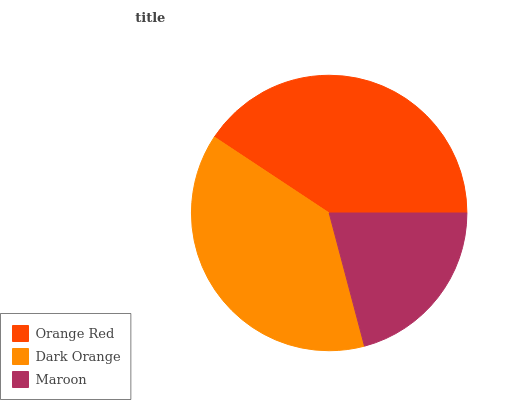
| Orange Red | Dark Orange | Maroon |
 | --- | --- | --- |
 | 40.8% | 38.4% | 20.9% |